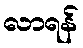
လာရန်